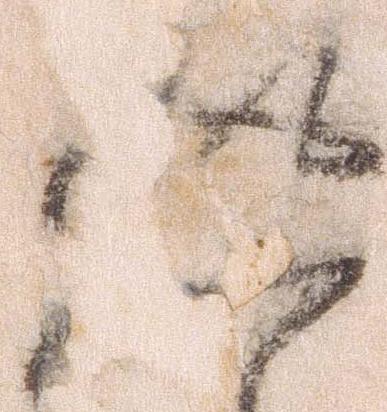
返